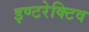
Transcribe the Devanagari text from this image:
इण्टरेक्टिव